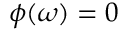
\phi ( \omega ) = 0